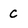
Character: C